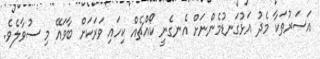
އަސަރުތަކާ މެދު އަޅުގަނޑުމެންނަށް އެނގެނީ ކޯއްޗެއް ކިހައި ވަރަކަށް ބާވައޭ މި ސުވާލެވެ.